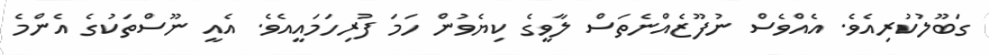
ގަބޫލުކުރިއެވެ. އެއްވެސް ނުފޫޒެއްނެތަސް ލާވީގެ ކިޔެވުން ހަމަ ފުރިހަމައީއެވެ. އެއީ ނޫސްތަކުގެ އެންމެ